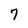
Character: 7